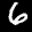
Label: 6